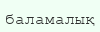
баламалық